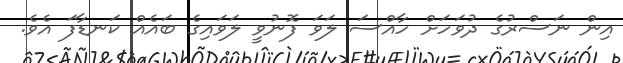
އިން ނަސްރުގެ ދުވަހަށް ހާއްސަ ލަވަ ފޮނުވީ ލަވައިގެ ބައެއް ކަނޑާފަ އެވެ.